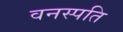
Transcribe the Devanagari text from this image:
वनस्‍पति